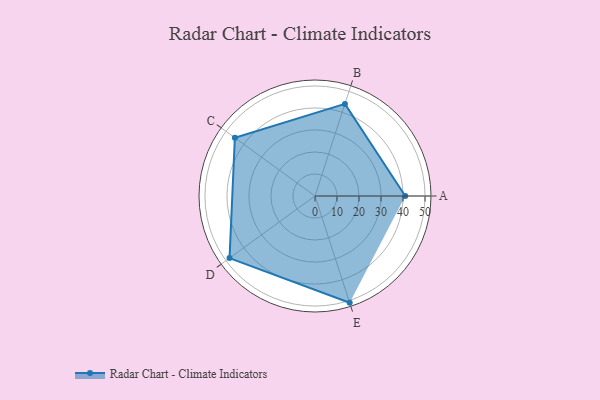
{"axis": {"x": "Skill", "y": "Score"}, "legend": ["Profile"], "data": [{"x": "A", "y": 41.0, "type": "Profile"}, {"x": "B", "y": 44.0, "type": "Profile"}, {"x": "C", "y": 45.0, "type": "Profile"}, {"x": "D", "y": 48.0, "type": "Profile"}, {"x": "E", "y": 51.0, "type": "Profile"}]}